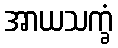
အာယသက္ခံ